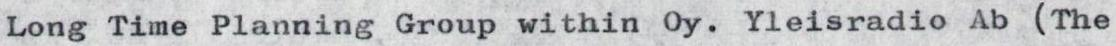
Long Time Planning Group within Oy. Yleisradio Ab (The